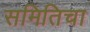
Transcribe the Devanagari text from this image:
समितिचा